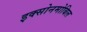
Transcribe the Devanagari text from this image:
इक्सोनमोबिल